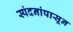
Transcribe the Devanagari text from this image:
स्पंदनांपासून